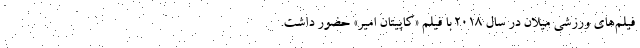
فیلم‌های ورزشی میلان در سال ۲۰۱۸ با فیلم «کاپیتان امیر» حضور داشت.